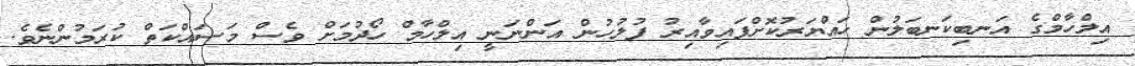
އިލްހާމްގެ އަނބިކަނބަލުން ހައްޔަރުކޮށްފައިވާއިރު ފުލުހުން އަންނަނީ އިލްހާމް ހޯދުމަށް ވެސް މަސައްކަތް ކުރަމުންނެވެ.